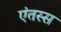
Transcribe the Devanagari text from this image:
एंतस्स